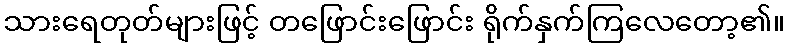
သားရေတုတ်များဖြင့် တဖြောင်းဖြောင်း ရိုက်နှက်ကြလေတော့၏။